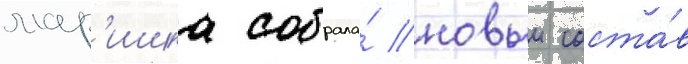
мар'ишка собрала́ новыи соста́в